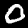
Digit: 0